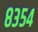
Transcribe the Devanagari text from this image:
८३५४